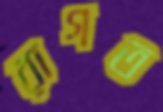
রাগত